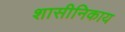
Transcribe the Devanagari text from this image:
शासीनिकाय